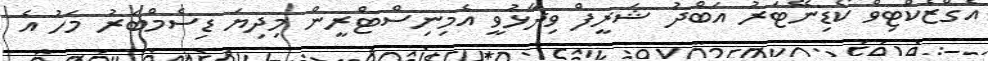
އެގްޒެކްޓިވް ކޯޑިނޭޓަރު އަބްދު ޝަރީފް ވިދާޅުވީ އެމިނިސްޓްރީން މިދިޔަ ޑިސެމްބަރު މަހު އެ